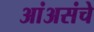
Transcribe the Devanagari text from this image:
आंअसंचे